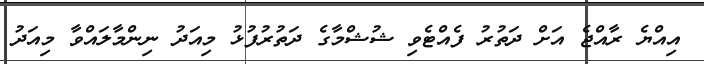
އިއްޔެ ރާއްޖެ އަށް ދަތުރު ފެއްޓެވި ޝުޝްމާގެ ދަތުރުފުޅު މިއަދު ނިންމާލައްވާ މިއަދު